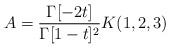
LaTeX: \begin{align*}A = \frac{\Gamma[-2t]}{\Gamma[1-t]^2}K(1, 2, 3)\end{align*}